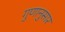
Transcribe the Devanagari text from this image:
गुणानुसार